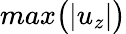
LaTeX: max\big(|u_{z}|\big)